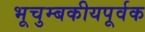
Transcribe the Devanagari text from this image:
भूचुम्बकीयपूर्वक